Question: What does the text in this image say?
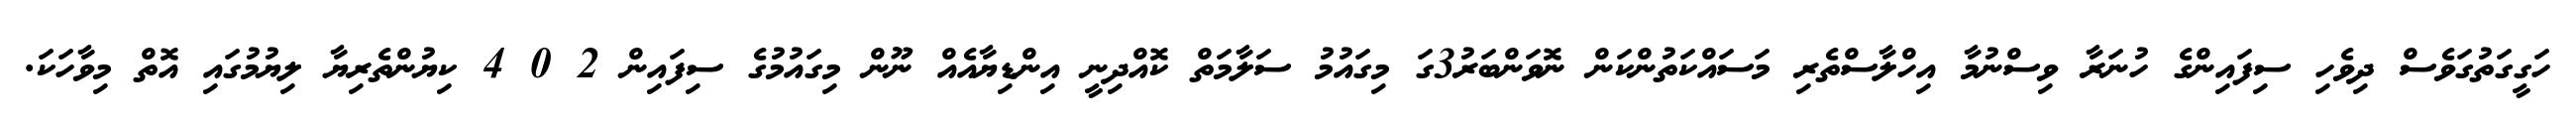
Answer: ހަގީގަތުގަވެސް ދިވެހި ސިފައިންގެ ހުނަރާ ވިސްނުމާ އިހްލާސްތެރި މަސައްކަތުންކަން ނޮވަންބަރު3ގަ މިގައުމު ސަލާމަތް ކޮއްދިނީ އިންޑިޔާއެއް ނޫން މިގައުމުގެ ސިފައިން 2 0 4 ކިޔުންތެރިޔާ ލިޔުމުގައި އޮތް މިވާހަކަ.